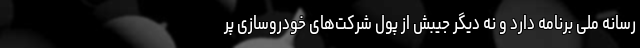
رسانه ملی برنامه دارد و نه دیگر جیبش از پول شرکت‌های خودروسازی پر